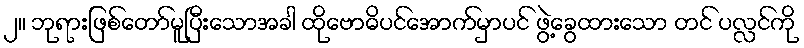
၂။ ဘုရားဖြစ်တော်မူပြီးသောအခါ ထိုဗောဓိပင်အောက်မှာပင် ဖွဲ့ခွေထားသော တင် ပလ္လင်ကို